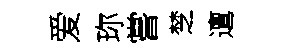
爱珎嘗椘邅